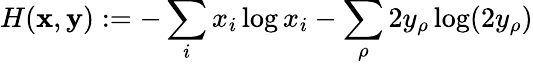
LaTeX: H(\textbf{x},\textbf{y}):=-\sum_{i}x_{i}\log x_{i}-\sum_{\rho}2y_{\rho}\log(2y_{\rho})